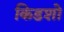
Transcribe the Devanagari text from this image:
किडशो